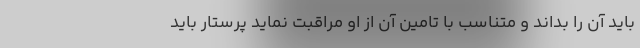
باید آن را بداند و متناسب با تامین آن از او مراقبت نماید پرستار باید